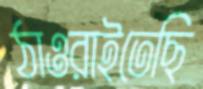
ঠাওরাইতেছি